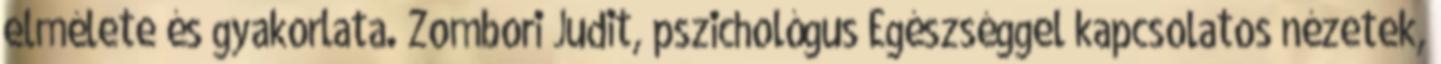
elmélete és gyakorlata. Zombori Judit, pszichológus Egészséggel kapcsolatos nézetek,